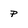
Character: P